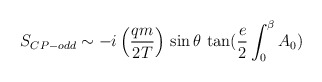
\begin{align*}S_{CP-odd}\sim -i \left(\frac{qm}{2T}\right) \,\sin\theta\,\tan(\frac{e}{2}\int_0^\beta A_0)\end{align*}